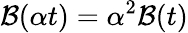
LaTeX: \mathcal{B}(\alpha t)=\alpha^{2}\mathcal{B}(t)